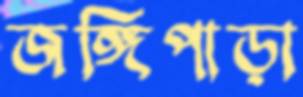
জঙ্গিপাড়া